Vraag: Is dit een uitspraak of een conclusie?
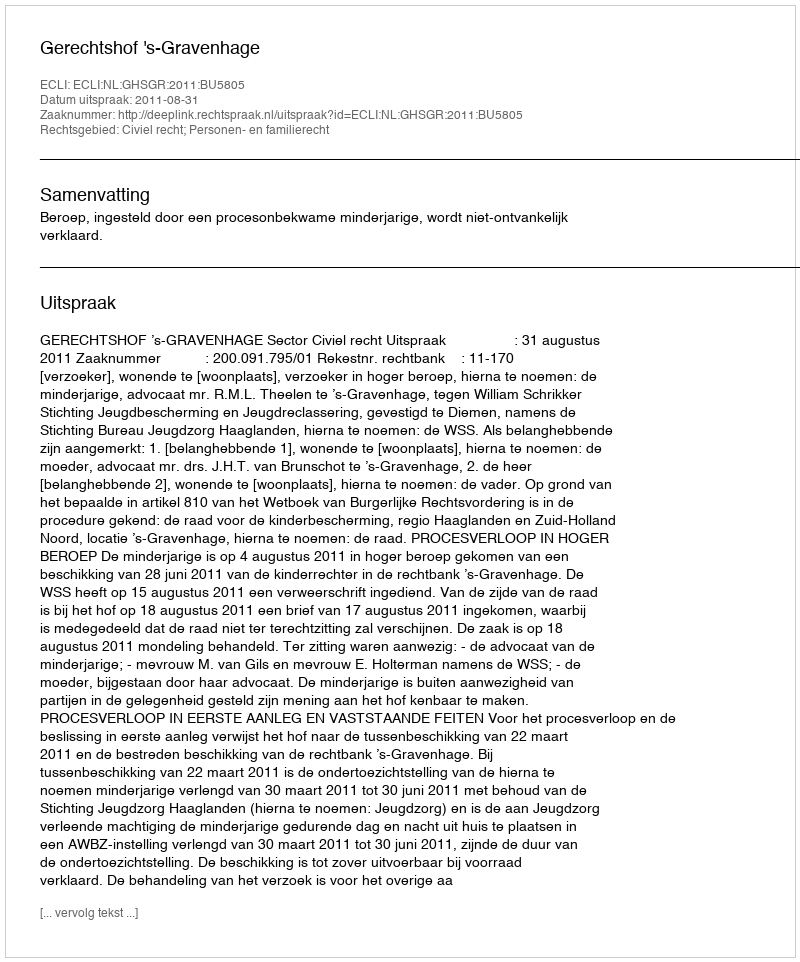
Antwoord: Uitspraak